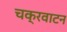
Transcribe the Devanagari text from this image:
चक्रवाटन